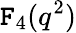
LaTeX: \mathtt{F}_{4}(q^{2})